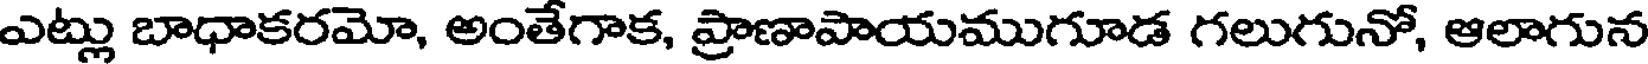
ఎట్లు బాధాకరమో, అంతేగాక, ప్రాణాపాయముగూడ గలుగునో, ఆలాగున